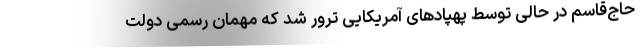
حاج‌قاسم در حالی توسط پهپادهای آمریکایی ترور شد که مهمان رسمی دولت